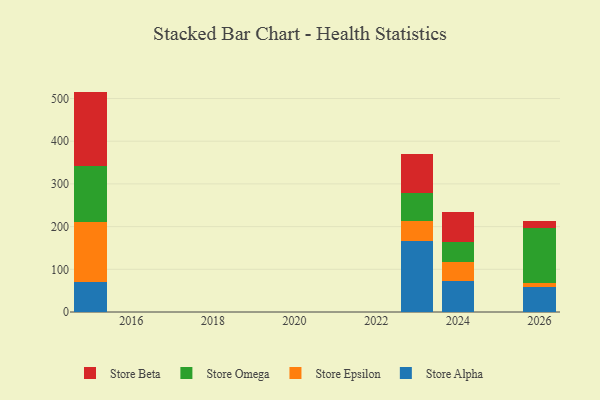
{"axis": {"x": "Year", "y": "Energy Usage (MWh)"}, "legend": ["Store Alpha", "Store Beta", "Store Epsilon", "Store Omega"], "data": [{"x": "2026", "y": 57.9, "type": "Store Alpha"}, {"x": "2026", "y": 9.4, "type": "Store Epsilon"}, {"x": "2026", "y": 128.9, "type": "Store Omega"}, {"x": "2026", "y": 15.9, "type": "Store Beta"}, {"x": "2015", "y": 70.7, "type": "Store Alpha"}, {"x": "2015", "y": 140.4, "type": "Store Epsilon"}, {"x": "2015", "y": 131.5, "type": "Store Omega"}, {"x": "2015", "y": 173.6, "type": "Store Beta"}, {"x": "2023", "y": 167.4, "type": "Store Alpha"}, {"x": "2023", "y": 44.7, "type": "Store Epsilon"}, {"x": "2023", "y": 66.1, "type": "Store Omega"}, {"x": "2023", "y": 92.2, "type": "Store Beta"}, {"x": "2024", "y": 71.9, "type": "Store Alpha"}, {"x": "2024", "y": 44.7, "type": "Store Epsilon"}, {"x": "2024", "y": 47.1, "type": "Store Omega"}, {"x": "2024", "y": 70.7, "type": "Store Beta"}]}